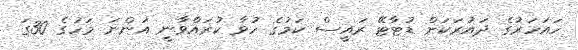
ހައަހަރުގެ ދައުރަކަށް ޑުޓާޓޭ ރައީސް ކަމުގެ ހުވާ ކުރައްވާނީ އަންނަ މަހުގެ 30ގަ